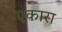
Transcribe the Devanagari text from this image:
एकारा